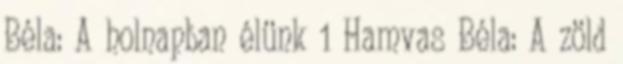
Béla: A holnapban élünk 1 Hamvas Béla: A zöld